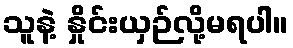
သူနဲ့ နှိုင်းယှဉ်လို့မရပါ။